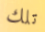
تلك